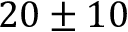
2 0 \pm 1 0